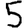
Digit: 5